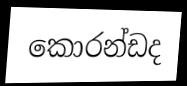
කොරන්ඩද